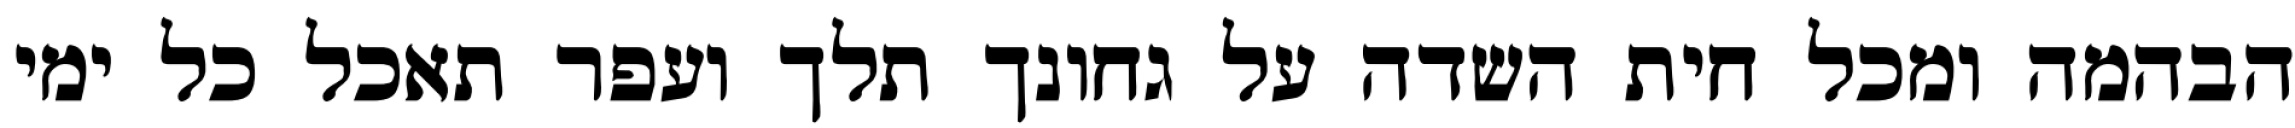
הבהמה ומכל חית השדה על גחונך תלך ועפר תאכל כל ימי